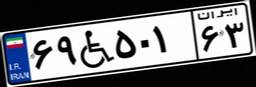
۸۴W۷۳۳۵۰